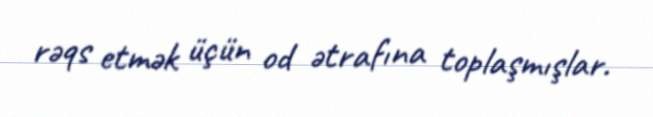
rəqs etmək üçün od ətrafına toplaşmışlar.